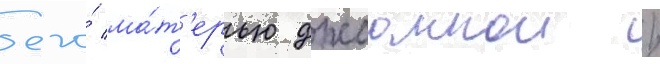
его́ ма́т'ерью джоаннои /